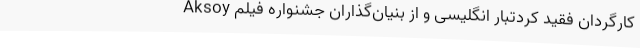
Aksoy کارگردان فقید کُردتبار انگلیسی و از بنیان‌گذاران جشنواره فيلم